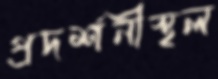
প্রদর্শনীস্থল